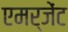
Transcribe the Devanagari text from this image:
एमर्जेंट